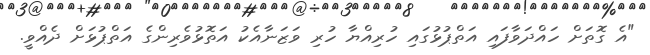
"އެ ގޮތަށް ހައްދަވާފައި އަތްޕުޅުގައި ހުރިއްޔާ ހުރި ވަޒަނާއެކު އަތޮޅުވެރިންގެ އަތްޕުޅަށް ދެއްވީ.